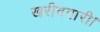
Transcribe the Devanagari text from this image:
खरीददारी।